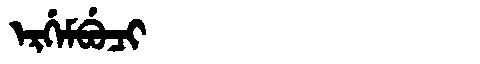
Manchu: ᡝᡵᡤᡝᠮᠪᡠᠴᡳ
Romanization: ERGEMBUCI